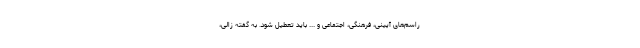
راسم‌های آیینی، فرهنگی، اجتماعی و ... باید تعطیل شود. به گفته زالی،